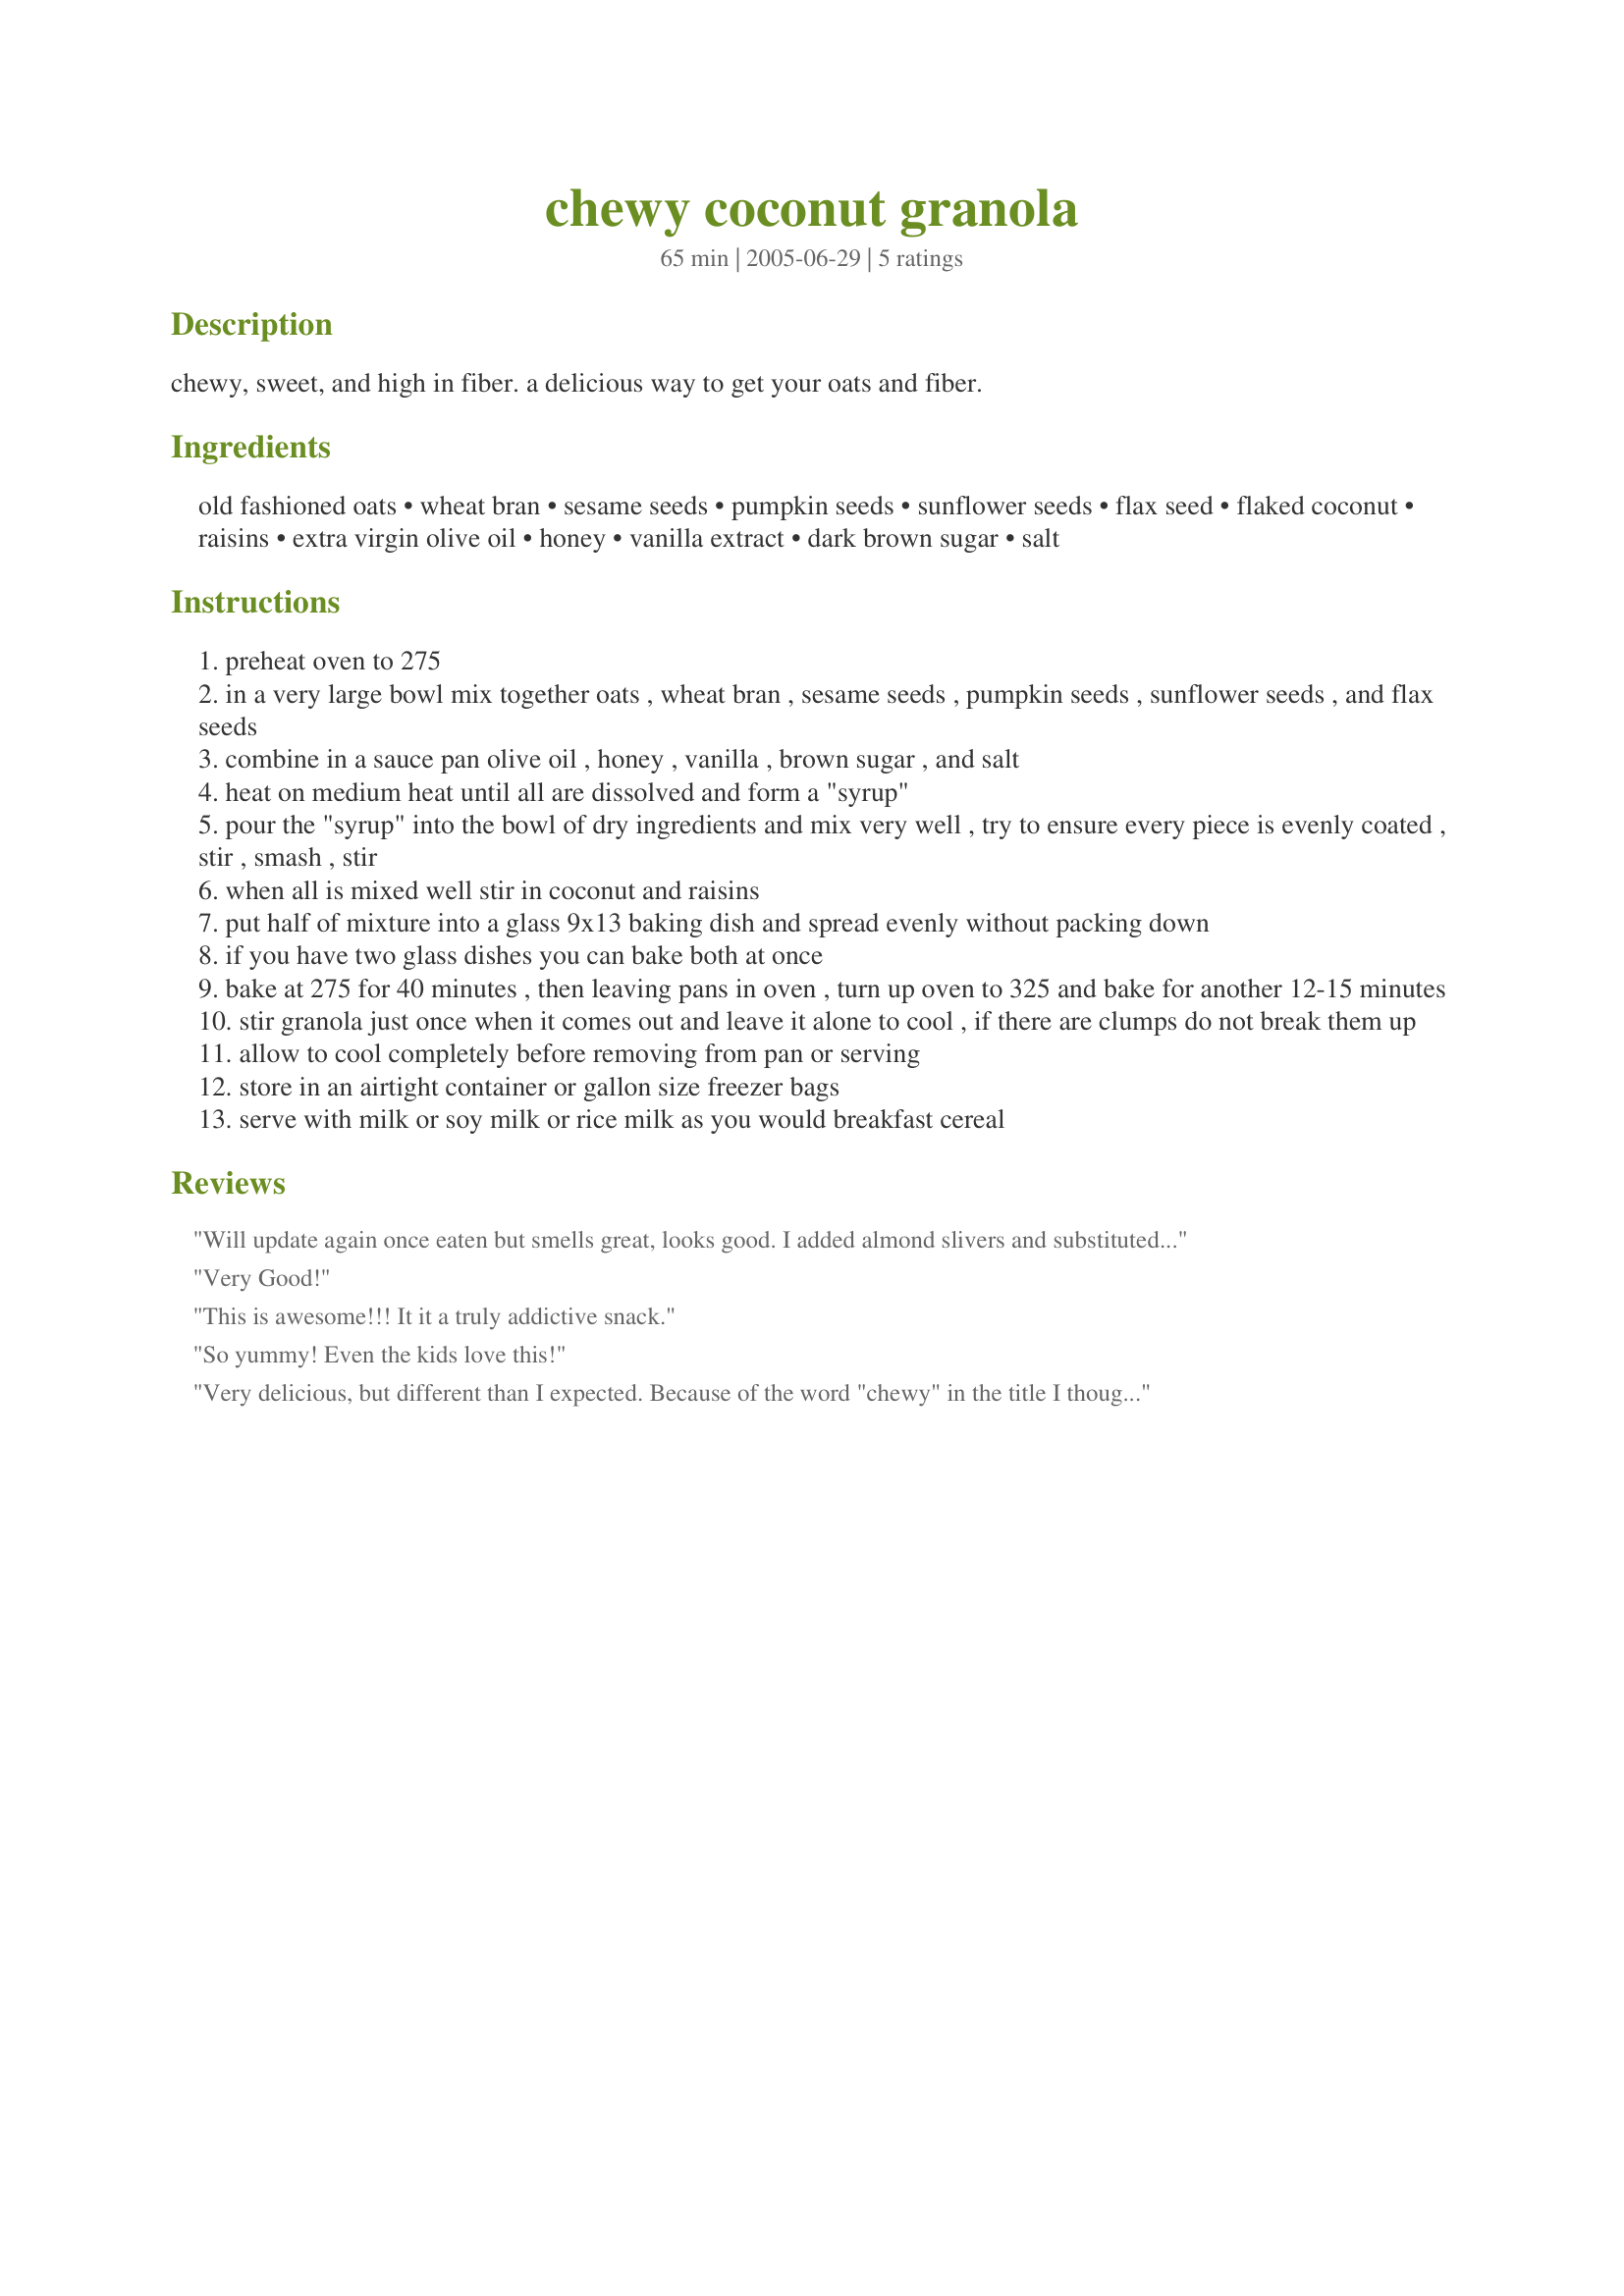
chewy coconut granola
Preparation time: 65 minutes

chewy, sweet, and high in fiber. a delicious way to get your oats and fiber.

Ingredients:
old fashioned oats, wheat bran, sesame seeds, pumpkin seeds, sunflower seeds, flax seed, flaked coconut, raisins, extra virgin olive oil, honey, vanilla extract, dark brown sugar, salt

Steps:
preheat oven to 275
in a very large bowl mix together oats , wheat bran , sesame seeds , pumpkin seeds , sunflower seeds , and flax seeds
combine in a sauce pan olive oil , honey , vanilla , brown sugar , and salt
heat on medium heat until all are dissolved and form a "syrup"
pour the "syrup" into the bowl of dry ingredients and mix very well , try to ensure every piece is evenly coated , stir , smash , stir
when all is mixed well stir in coconut and raisins
put half of mixture into a glass 9x13 baking dish and spread evenly without packing down
if you have two glass dishes you can bake both at once
bake at 275 for 40 minutes , then leaving pans in oven , turn up oven to 325 and bake for another 12-15 minutes
stir granola just once when it comes out and leave it alone to cool , if there are clumps do not break them up
allow to cool completely before removing from pan or serving
store in an airtight container or gallon size freezer bags
serve with milk or soy milk or rice milk as you would breakfast cereal

Reviews:
Will update again once eaten but smells great, looks good. I added almond slivers and substituted Soy nuts (a little salted) in place of the pumpkin seeds. Used wheat germ instead of bran 'cause it was what was on hand. Also added mini choc chips with the coconut which MELTED (oops) but smells great ;). Didn't know how full the pan should be so almost filled to the brim on 2 pans (one was an 8 x 8 other a 9 x 13). Hopefully it comes out alright. Update: Everyone loved it. Toddler liked the chocolate milk he got when he had it for cereal. Nana didn't like granola with chocolate (not traditional enough--I agree too). DH liked the chocolate addition...so it was 3 of 5 liked it.
Very Good!
This is awesome!!! It it a truly addictive snack.
So yummy! Even the kids love this!
Very delicious, but different than I expected. Because of the word "chewy" in the title I thought it would be more like a granola bar. This has more of a traditional granola texture. Regardeless, it is very excellent granola! My DH had some with milk and said it was the best he had ever had. I made two versions: in the first I used 1 cup of dried cranberries and 1 cup raisins instead of all raisins. In the second version I used slivered raw almonds instead of the pumpkin and sunflower seeds, and cocoa nibs (simply chopped dried cocoa beans) for the raisins. Both versions are very good! Also, I used grapeseed oil in both versions instead of olive oil because I thought olive might have too strong of a taste. Grapeseed is very delicate and tolerates high temps well, and has the similar health benefits as OVOO (omega fatty acids).

Thanks for the awesome recipe! All that fiber and raw seeds/nuts and healthy oil--very nutritious!
